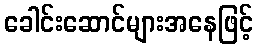
ခေါင်းဆောင်များအနေဖြင့်